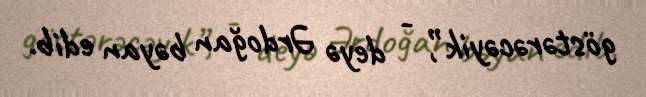
göstərəcəyik”, - deyə Ərdoğan bəyan edib.